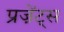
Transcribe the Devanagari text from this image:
प्रज़ेंट्स